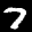
Label: 7